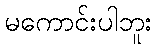
မကောင်းပါဘူး